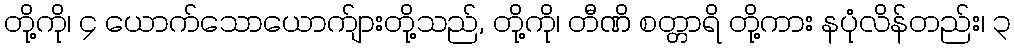
တို့ကို၊ ၄ ယောက်သောယောက်ျားတို့သည်, တို့ကို၊ တီဏိ စတ္တာရိ တို့ကား နပုံလိန်တည်း၊ ၃